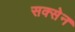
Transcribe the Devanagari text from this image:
सक्सेन